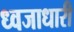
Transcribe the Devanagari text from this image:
ध्‍वजाधारी